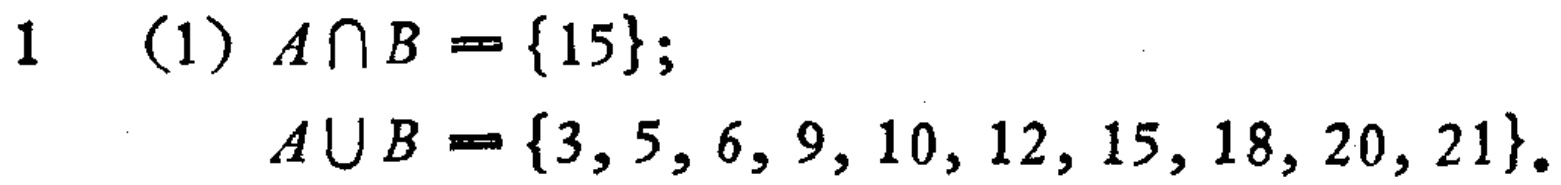
1 (1) \(A\cap B = \{15\}\);

\(A\cup B = \{3, 5, 6, 9, 10, 12, 15, 18, 20, 21\}\).